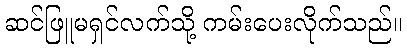
ဆင်ဖြူမရှင်လက်သို့ ကမ်းပေးလိုက်သည်။